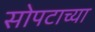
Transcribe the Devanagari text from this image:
सोपटाच्या